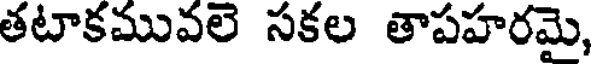
తటాకమువలె సకల తాపహరమై,